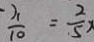
\frac { - x } { 1 0 } = \frac { 2 } { 5 } x